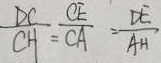
\frac { D C } { C H } = \frac { C E } { C A } = \frac { D E } { A H }